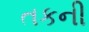
તકની